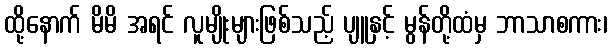
ထို့နောက် မိမိ အရင် လူမျိုးများဖြစ်သည့် ပျူနှင့် မွန်တို့ထံမှ ဘာသာစကား၊